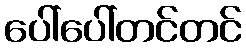
ပေါ်ပေါ်တင်တင်